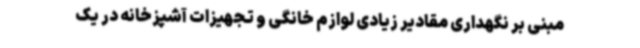
مبنی بر نگهداری مقادیر زیادی لوازم خانگی و تجهیزات آشپزخانه در یک